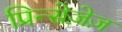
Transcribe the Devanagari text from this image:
प्रिन्सेज़ेज़